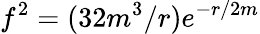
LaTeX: f^{2}=(32m^{3}/r)e^{-r/2m}